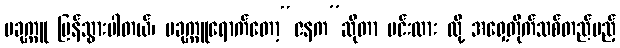
ပခုက္ကူ ပြန်သွားပါတယ်၊ ပခုက္ကူရောက်တော့“ဇနက”ဆိုတာ မင်းလား လို့ အရှေ့တိုက်သစ်တည်မည့်